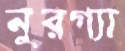
নুরগ্যা